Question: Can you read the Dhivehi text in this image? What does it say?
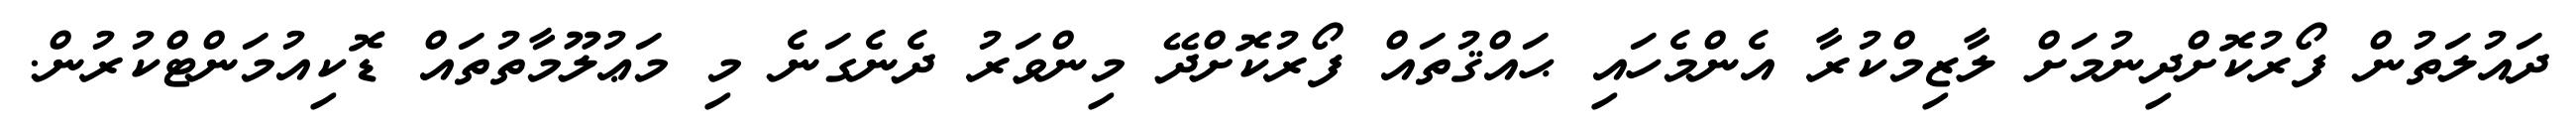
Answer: ދައުލަތުން ފޯރުކޮށްދިނުމަށް ލާޒިމްކުރާ އެންމެހައި ޙައްޤުތައް ފޯރުކޮށްދޭ މިންވަރު ދެނެގަނެ މި މަޢުލޫމާތުތައް ޑޮކިއުމަންޓްކުރުން.